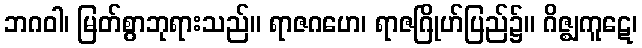
ဘဂဝါ၊ မြတ်စွာဘုရားသည်။ ရာဇဂဟေ၊ ရာဇဂြိုဟ်ပြည်၌။ ဂိဇ္ဈကူဋေ၊